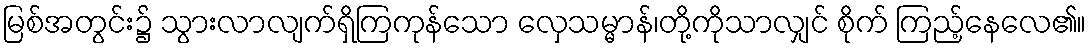
မြစ်အတွင်း၌ သွားလာလျက်ရှိကြကုန်သော လှေသမ္မာန်၊တို့ကိုသာလျှင် စိုက် ကြည့်နေလေ၏။